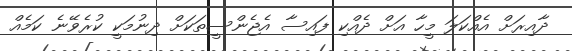
ދާއިރަށް އެއްކަަލަ މީހާ އަށް ދެއްކި ފައިސާ އެޖެންސީތަކަށް ދިނުމަކީ ކުރެވޭނެ ކަމެއް